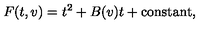
F ( t , v ) = t ^ { 2 } + B ( v ) t + \mathrm { c o n s t a n t } ,